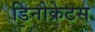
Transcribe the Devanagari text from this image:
डिनोक्रेटस